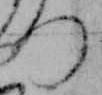
つ